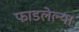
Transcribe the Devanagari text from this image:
फाडलेल्या